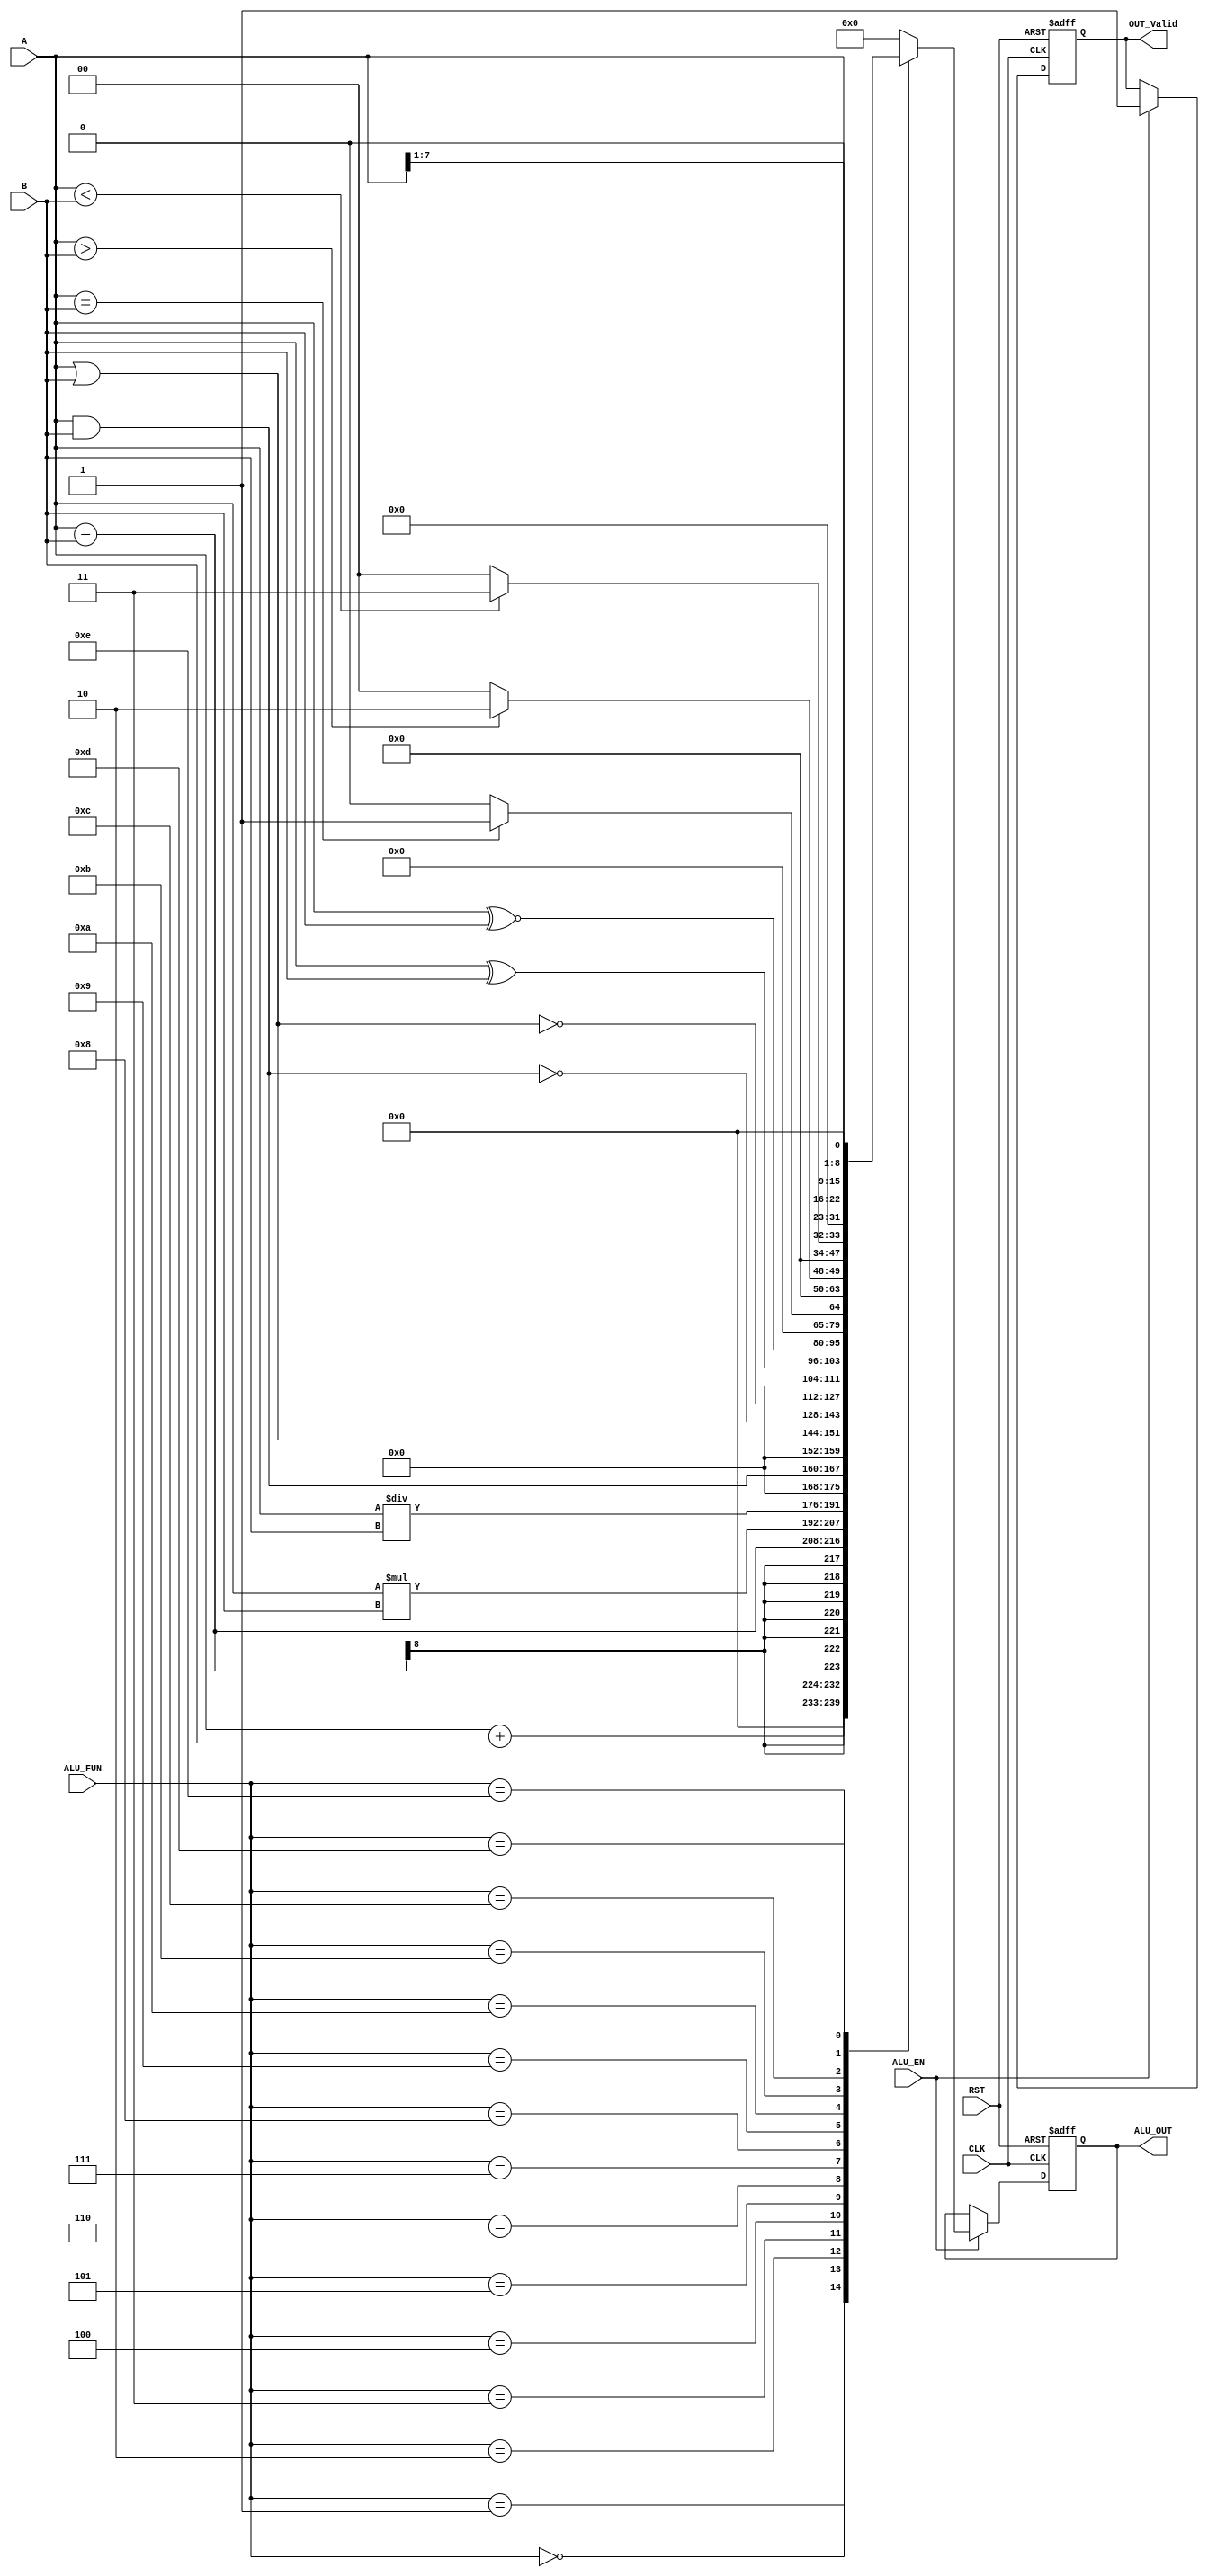
module ALU #(
    // Parameters
    parameter OPER_WIDTH = 8,
              OUT_WIDTH  = OPER_WIDTH * 2,
              ALU_FUN_WIDTH = 4
)(
    // I/O Ports
    input  wire CLK, RST,
    input  wire ALU_EN,
    input  wire [OPER_WIDTH    - 1 : 0] A, B, 
    input  wire [ALU_FUN_WIDTH - 1 : 0] ALU_FUN,
    output reg  [OUT_WIDTH     - 1 : 0] ALU_OUT,
    output reg  OUT_Valid
);

  // Internal Signals
  reg [OUT_WIDTH - 1 : 0] ALU_COMP_OUT;
  reg OUT_Valid_COMP;

  // Active Low Asynchronous Reset
  always @(posedge CLK or negedge RST) begin
    if(!RST) begin
        ALU_OUT <= 'b0;
        OUT_Valid <= 1'b0;
    end
    else if (ALU_EN) begin
        ALU_OUT   <= ALU_COMP_OUT;
        OUT_Valid <= OUT_Valid_COMP;
    end  
  end

  always @(*) begin
    // Initial values
    ALU_COMP_OUT   = 'b0;
    OUT_Valid_COMP = 1'b0;

    // IF ALU is Enable
    if(ALU_EN) begin

        // OUT_Valid is HIGH
        OUT_Valid_COMP = 1'b1;

        // Choose the Operation
        case (ALU_FUN)
            // Addition operator
            4'b0000: begin
                ALU_COMP_OUT = A + B;
            end
            // Subtractor operator 
            4'b0001: begin
                ALU_COMP_OUT = A - B;
            end
            // Multiplication operator
            4'b0010: begin
                ALU_COMP_OUT = A * B;
            end
            // Division operator
            4'b0011: begin
                ALU_COMP_OUT = A / B;
            end
            // Logic AND 
            4'b0100: begin
                ALU_COMP_OUT = A & B;
            end
            // Logic OR
            4'b0101: begin
                ALU_COMP_OUT = A | B;
            end
            // Logic NAND 
            4'b0110:begin
                ALU_COMP_OUT = ~(A & B);
            end
            // Logic NOR  
            4'b0111: begin
                ALU_COMP_OUT = ~(A | B);
            end 
            // Logic XOR
            4'b1000: begin
                ALU_COMP_OUT = A ^ B;
            end 
            // Logic XNOR
            4'b1001: begin
                ALU_COMP_OUT = (A ~^ B);
            end 
            // Comparison --> Equal
            4'b1010: begin
                ALU_COMP_OUT = (A == B) ? 'b1  : 'b0;
            end
            // Comparison --> Greater than
            4'b1011: begin
                ALU_COMP_OUT = (A > B) ? 'b10  : 'b0;
            end
            // Comparison --> Smaller than
            4'b1100: begin
                ALU_COMP_OUT = (A < B) ? 'b11  : 'b0;
            end
            // Shift Right
            4'b1101: begin
                ALU_COMP_OUT = (A >> 1);
            end
            // Shift Left
            4'b1110: begin
                ALU_COMP_OUT = (A << 1); 
            end
            // Default case
            default: begin 
            // ALU_OUT = 0 & OUT_Valid = 0
                ALU_COMP_OUT   =  'b0;   
            end 
        endcase
    end

    // IF ALU is Disable
    else begin
        // OUT_Valid is LOW
        OUT_Valid_COMP = 1'b0;
    end  
  end

endmodule